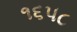
૧૬૫૮